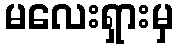
မလေးရှားမှ